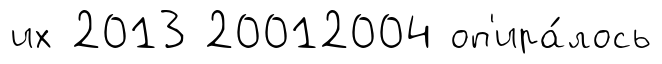
их 2013 20012004 оп'ира́лось